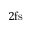
2 \mathrm { f s }